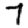
Digit: 7